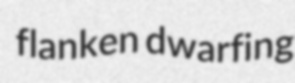
flanken dwarfing